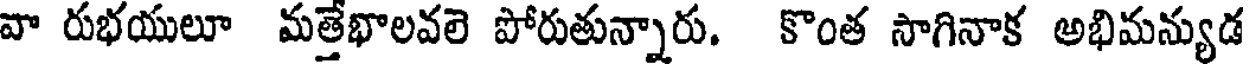
వా రుభయులూ మత్తేభాలవలె పోరుతున్నారు. కొంత సాగినాక అభిమన్యుడ